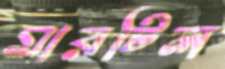
মারটিল